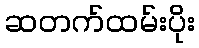
ဆတက်ထမ်းပိုး